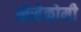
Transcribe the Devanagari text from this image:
ओसेकोमी